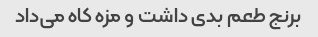
برنج طعم بدی داشت و مزه کاه می‌داد